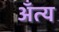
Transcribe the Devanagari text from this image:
अँत्य